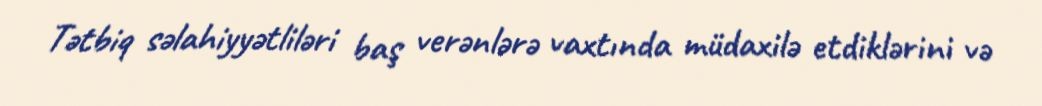
Tətbiq səlahiyyətliləri baş verənlərə vaxtında müdaxilə etdiklərini və